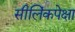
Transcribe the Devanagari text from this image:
सीलिंकपेक्षा